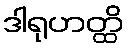
ဒါရုဟတ္ထိ